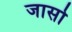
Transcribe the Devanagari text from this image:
जासो